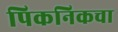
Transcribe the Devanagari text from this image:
पिकनिकचा